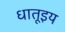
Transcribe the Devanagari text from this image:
धातूइय